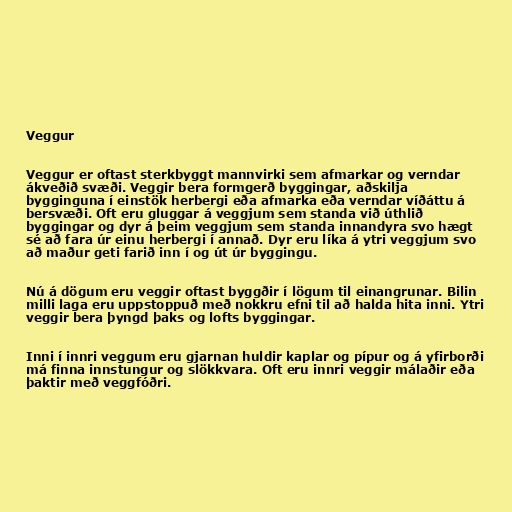
Veggur

Veggur er oftast sterkbyggt mannvirki sem afmarkar og verndar
ákveðið svæði. Veggir bera formgerð byggingar, aðskilja
bygginguna í einstök herbergi eða afmarka eða verndar víðáttu á
bersvæði. Oft eru gluggar á veggjum sem standa við úthlið
byggingar og dyr á þeim veggjum sem standa innandyra svo hægt
sé að fara úr einu herbergi í annað. Dyr eru líka á ytri veggjum svo
að maður geti farið inn í og út úr byggingu.

Nú á dögum eru veggir oftast byggðir í lögum til einangrunar. Bilin
milli laga eru uppstoppuð með nokkru efni til að halda hita inni. Ytri
veggir bera þyngd þaks og lofts byggingar.

Inni í innri veggum eru gjarnan huldir kaplar og pípur og á yfirborði
má finna innstungur og slökkvara. Oft eru innri veggir málaðir eða
þaktir með veggfóðri.